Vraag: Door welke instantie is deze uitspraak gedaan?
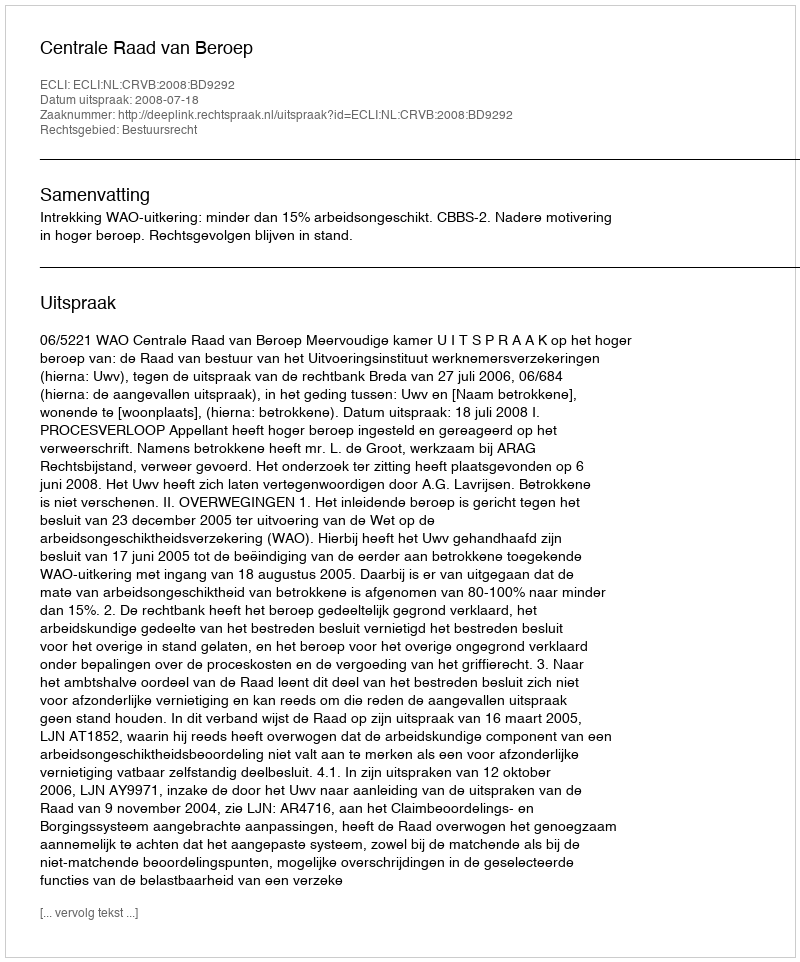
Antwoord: Centrale Raad van Beroep